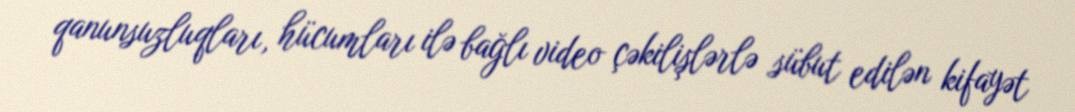
qanunsuzluqları, hücumları ilə bağlı video çəkilişlərlə sübut edilən kifayət